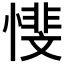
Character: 𱟋